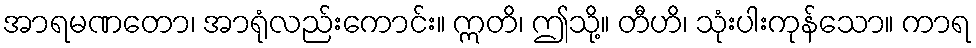
အာရမဏတော၊ အာရုံလည်းကောင်း။ ဣတိ၊ ဤသို့။ တီဟိ၊ သုံးပါးကုန်သော။ ကာရ